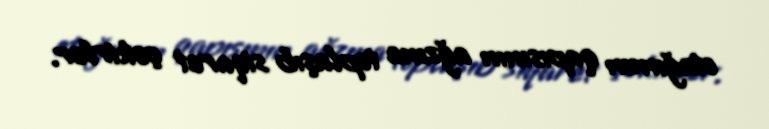
otağımın qapısının ağzına toplaşıb siqaret çəkirlər.